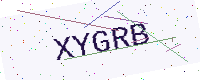
Text: XYGRB